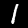
Label: 1